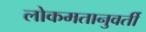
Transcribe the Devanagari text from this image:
लोकमतानुवर्ती